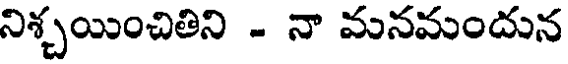
నిశ్చయించితిని - నా మనమందున